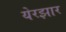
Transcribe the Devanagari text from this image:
येरझार